Rapla_vallavalitsus, lk 5
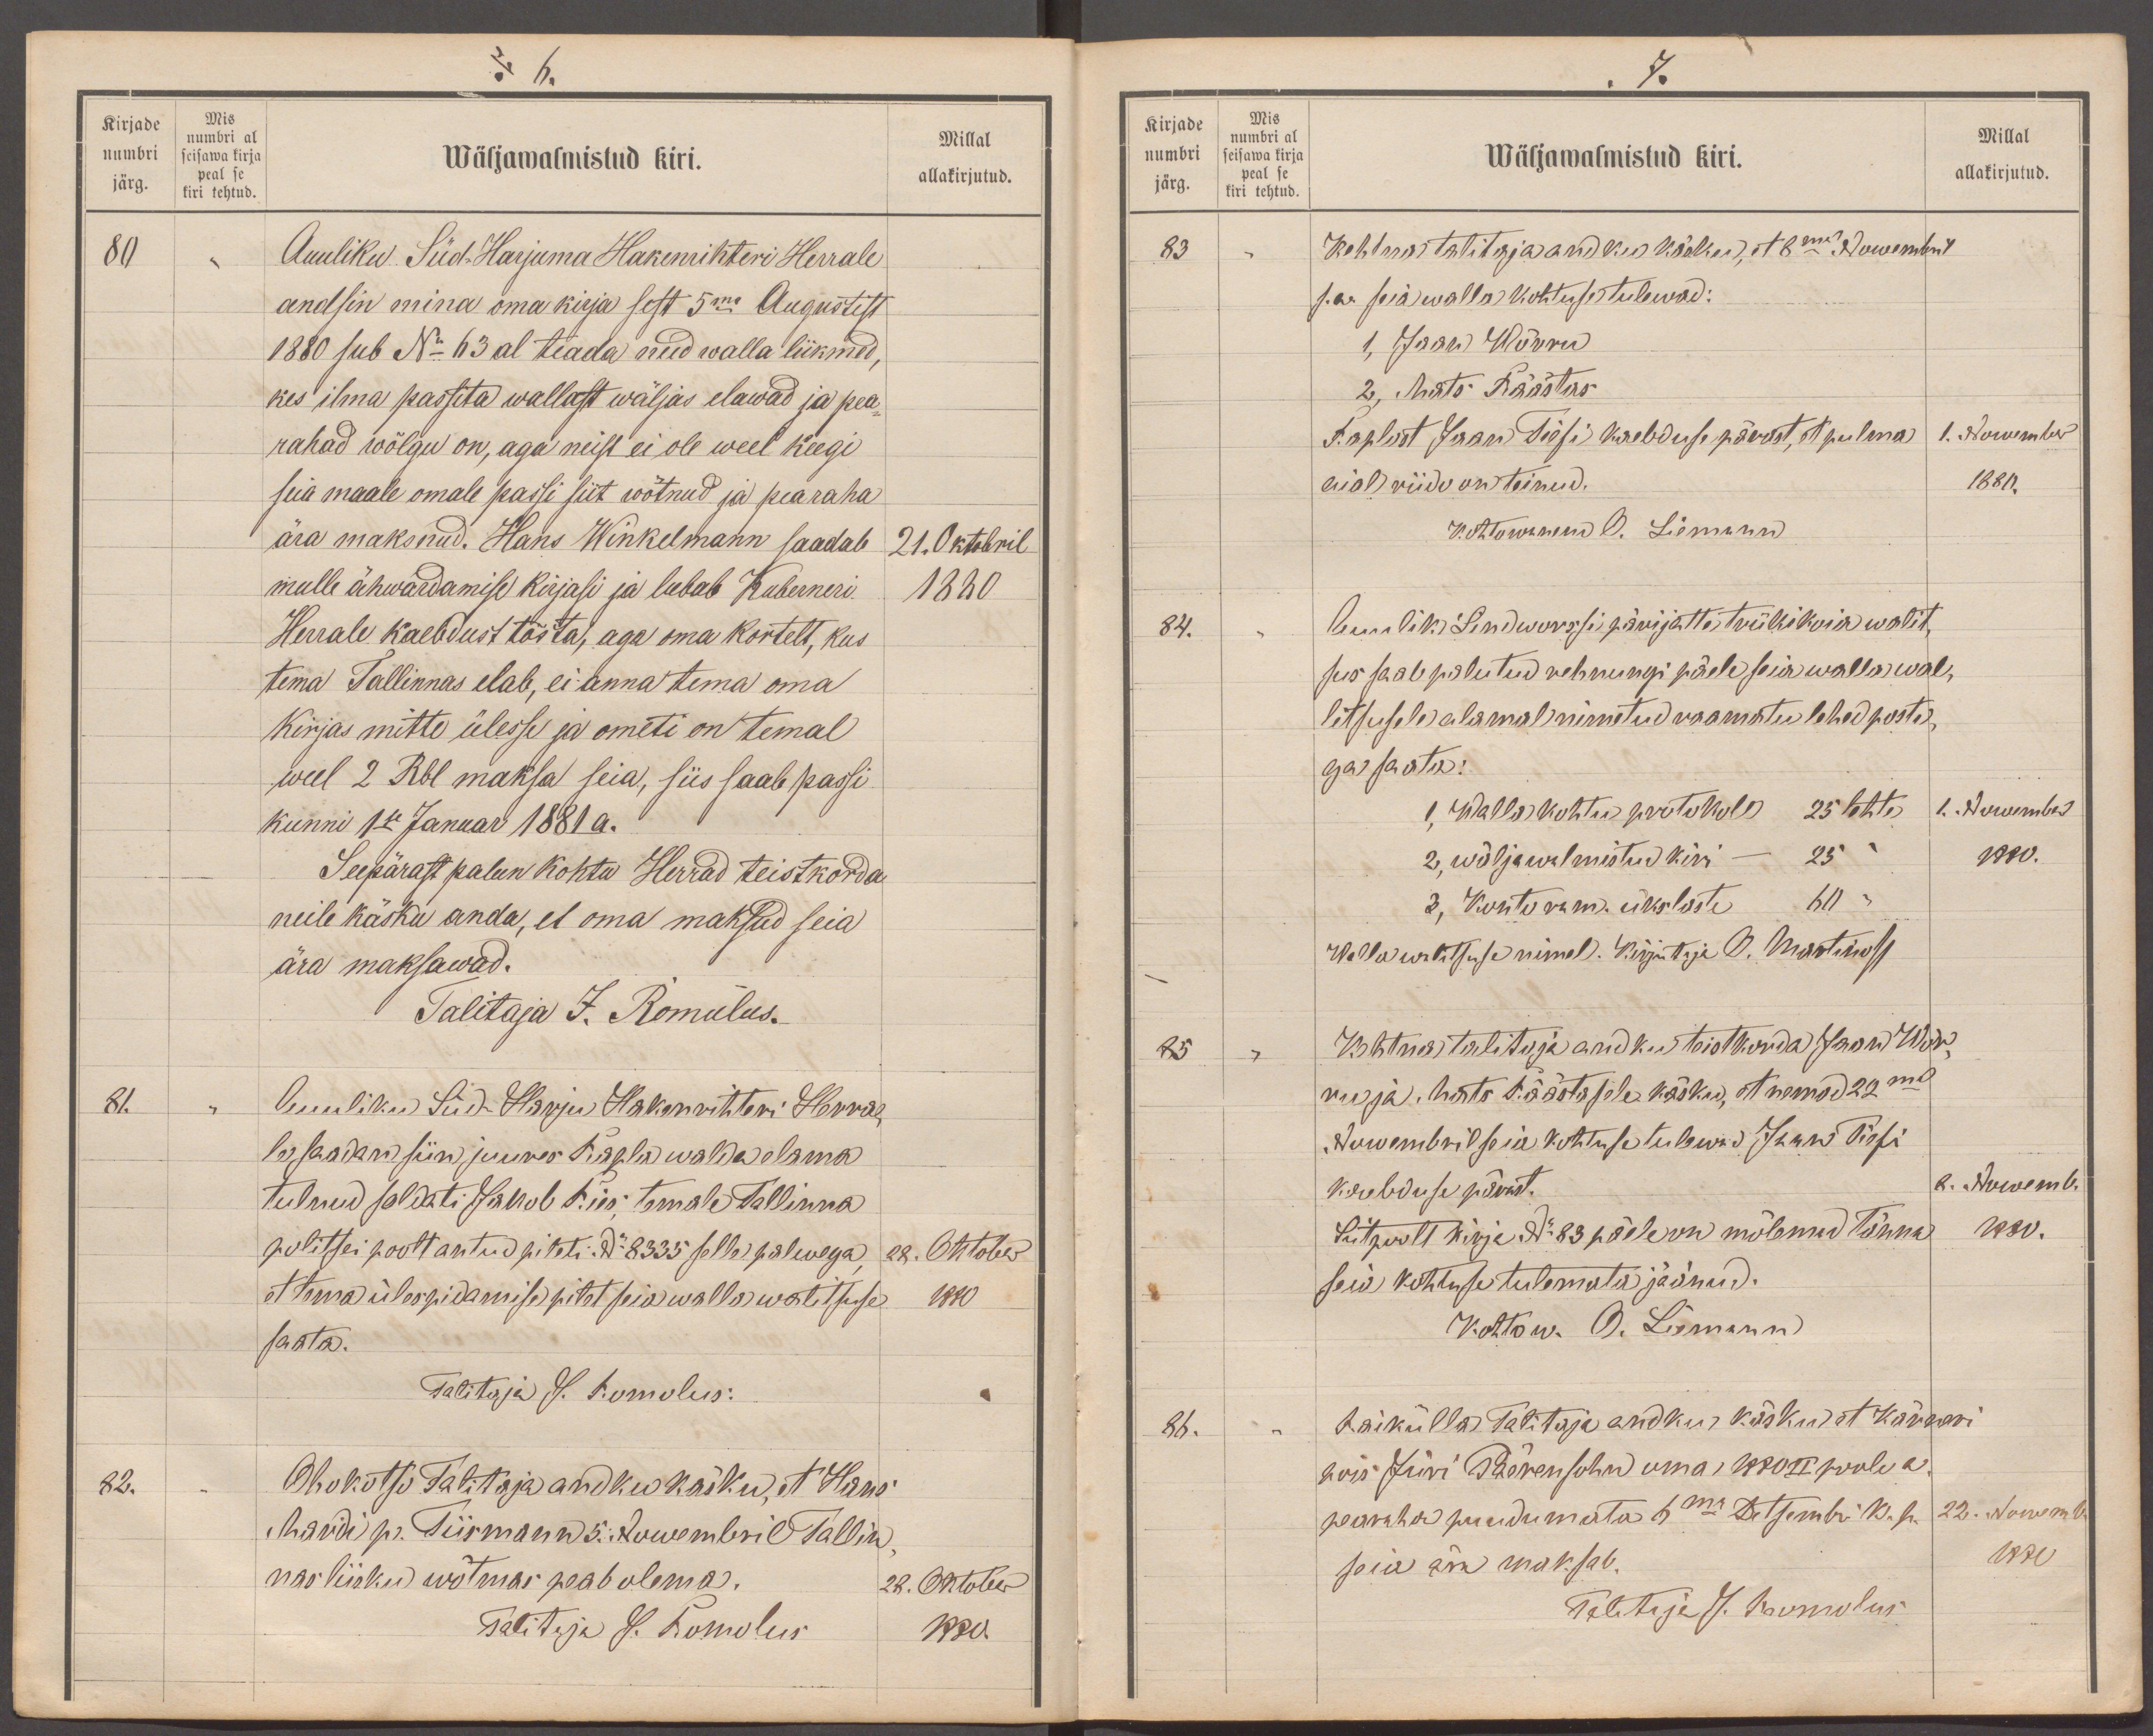
No 6.
Kirjade
Mis
numbri al
Millal
numbri
seisawa kirja
järg.
Wäljawalmistud kiri.
allakirjutud.
peal se
kiri tehtud
80
Auuliku. Süd-Harjuma Hakenrihteri Herrale
andsin mina oma kirja sest 5ma Augustist
1880 sub No 63 al teada need walla liikmed,
kes ilma passita wallast wäljas elawad ja pea-
rahad wõlgu on, aga neist ei ole weel keegi
seia maale omale passi siit wõtnud ja pearaha
ära maksnud. Hans Winkelmann saadab
21.Oktobril
mulle ähwardamise kirjasi ja lubab Kuberneri.
1880
Herrale kaebdust tõsta, aga oma kortelt, kus
tema Tallinnas elab, ei anna tema oma
Kirjas mitte ülesse ja ometi on temal
weel 2 Rbl maksa seia, siis saab passi
kunni 1se Januar 1881 a.
Seepärast palun kohtu Herrad teistkorda
neile käsku anda, et oma maksud seia
ära maksawad.
Talitaja J. Romolus.
81.
Auuliku Süd-Harju Hakenrihteri Herra
le saadan siin juures Rapla walda elama
tulnud soldati Jakob Riis temale Tallinna
politsei poolt antud pileti. No 8335 selle palwega,
28. Oktober
et tema ülespidamise pilet seia walla walitsuse
1880
saata.
Talitaja J. Romulus:
82.
Ohokotsi Talitaja andku käsku, et Hans
Mardi p. Tiirmann 5. Nowembril Tallin
nas liisku wõtmas peab olema.
28. Oktober
Talitaja J. Romolus
1880

7.
Kirjade
Mis
Millal
numbri al
Wäljawalmistud kiri.
numbri
seisawa kirja
allakirjutud.
peal se
järg.
kiri tehtud
83
Kehtna talitaja andku käsku, et 8mal Nowembril
s.a. seia walla kohtuse tulewad:
1. Jaan Wõrru
2, Mats Räästas
Taplust Jaan Tissi kaebduse pärast, et pulma
1. Nowembr
aial riido on teinud.
1880.
Kohtowanem O. Liemann
84.
Auulik. Lindwursi pärijatte trükikoia walit-
sus saab palutud rehnungi päele seia walla wal-
litsusele alamal nimetud raamatu lehed posti-
ga saata:
1, Walla kohtu protokoll 25 lehte
1. Nowember
2, wäljawalmistud kiri - 25 "
1880.
3, Kohto ram. ükslaste 60 "
Wallawalitsuse nimel. Kirjutaja O. Martinoff
85
Kehtna talitaja and ka teist korda Jaan Wõr-
ru ja Mats Räästasele käsku, et nemad 22mal
Nowembril seia kohtuse tulewad Jaan Tissi
kaebduse pärast.
8. Nowemb.
Siitpoolt kirja No 83 päele on mõlemad tänna
1880.
seia kohtuse tulemata jäänud.
Kohtow. O. Liemann
86.
Raikülla Talitaja andku käsku et kärneri
pois Jüri Päerensohn oma, 1880 II poole a
pearaha puudumata 6ma Detsembri k. p.
22. Nowembr.
seia ära maksab.
1880
Talitaja J. Romolus